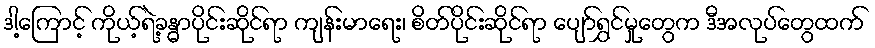
ဒါ့ကြောင့် ကိုယ့်ရဲ့ခန္ဓာပိုင်းဆိုင်ရာ ကျန်းမာရေး၊ စိတ်ပိုင်းဆိုင်ရာ ပျော်ရွှင်မှုတွေက ဒီအလုပ်တွေထက်